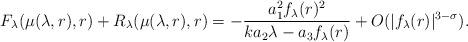
LaTeX: \begin{align*}F_\lambda( \mu(\lambda,r), r ) + R_\lambda( \mu(\lambda,r), r ) =-\frac{a_1^2 f_\lambda(r)^2}{k a_2 \lambda-a_3 f_\lambda(r)} + O( | f_\lambda(r)|^{3-\sigma} ).\end{align*}